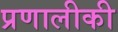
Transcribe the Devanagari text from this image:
प्रणालीकी